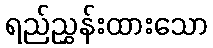
ရည်ညွှန်းထားသော